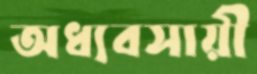
অধ্যবসায়ী